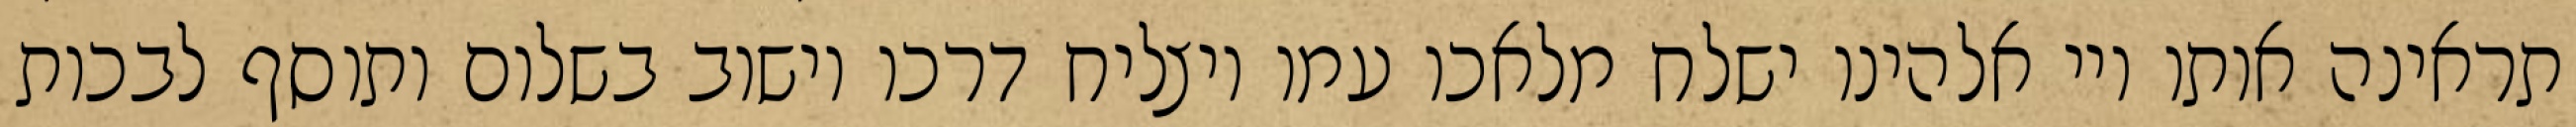
תראינה אותו ויי אלהינו ישלח מלאכו עמו ויצליח דרכו וישוב בשלום ותוסף לבכות